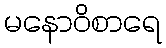
မနောဝိစာရေ